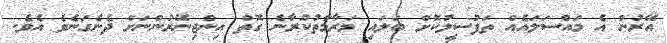
އޭރުން އެ މައްސަލައެއް ތަފުސީލުކޮށް ބަލައި މަރާމާތުކުރާނެ ގޮތް އިންޖިނޭރުންނަށް ދެނެގަނެވެ އެވެ.